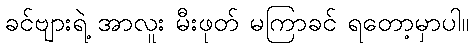
ခင်ဗျားရဲ့ အာလူး မီးဖုတ် မကြာခင် ရတော့မှာပါ။